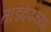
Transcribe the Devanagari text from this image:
ताडदेवच्या